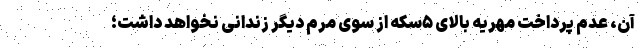
آن، عدم پرداخت مهریه بالای ۵سکه از سوی مرم دیگر زندانی نخواهد داشت؛